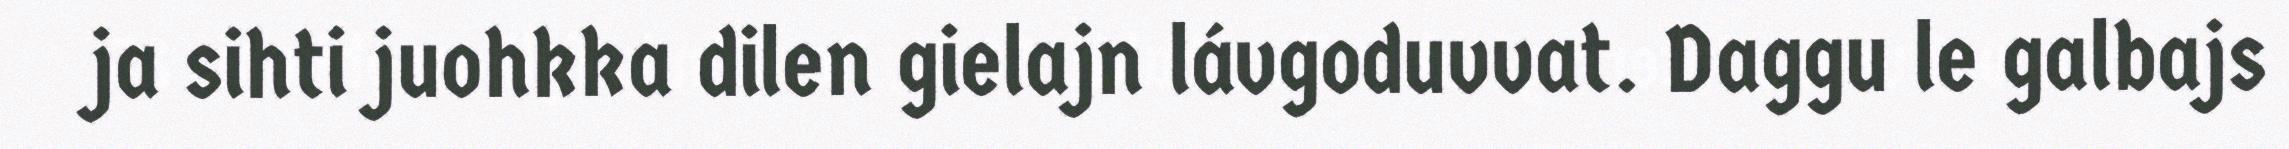
ja sihti juohkka dilen gielajn lávgoduvvat. Daggu le galbajs